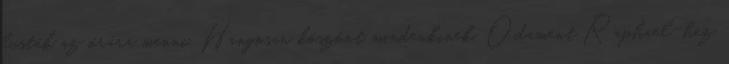
lusták az órára menni. Hangosan köszönt mindenkinek. Odament Raphael-hez